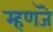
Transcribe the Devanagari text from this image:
म्हणजॆ